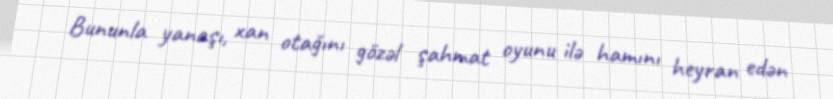
Bununla yanaşı, xan otağını gözəl şahmat oyunu ilə hamını heyran edən